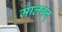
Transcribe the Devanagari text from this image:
मालवन्